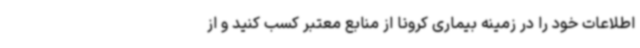
اطلاعات خود را در زمینه بیماری کرونا از منابع معتبر کسب کنید و از